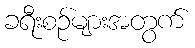
ခရီးစဉ်များအတွက်